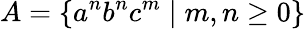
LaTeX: A=\{ a^{n}b^{n}c^{m}\mid m,n\geq 0\}